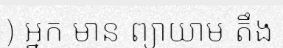
) អ្នក មាន ព្យាយាម តឹង